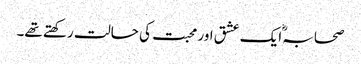
صحابہؓ ایک عشق اور محبت کی حالت رکھتے تھے۔